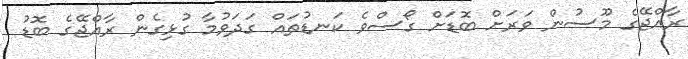
ރާއްޖޭގެ މޫސުން ވަރަށް ބޮޑަށް ގޯސްވެ ކަނޑުތައް ގަދަވުމާ ގުޅިގެން ރާއްޖޭގެ ބޮޑު